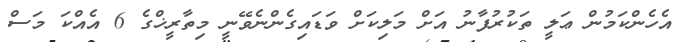
އެހެންކަމުން ޢަލީ ތަކުރުފާނު އަށް މަލިކަށް ވަޑައިގެންނެވޭނީ މިތާރީޚްގެ 6 އެއްކަ މަސް